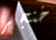
خنجر